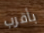
بأقرب